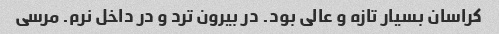
کراسان بسیار تازه و عالی بود. در بیرون ترد و در داخل نرم. مرسی